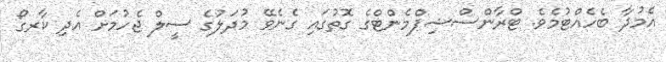
އެމުދާ ބެހެއްޓުމެވެ. ޓްރާންސްޝިޕްމެންޓްގެ ގޮތުގައި ގެނެވޭ މުދަލުގެ ސީލް ޖެހުމަށް އެދި ކާރގޯ